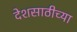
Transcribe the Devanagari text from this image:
देशसाठीच्या